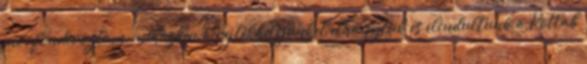
morfondíroztam, miközben a rejtekhelyünket elhagytuk és elindultunk a Rotlab